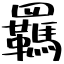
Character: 羈